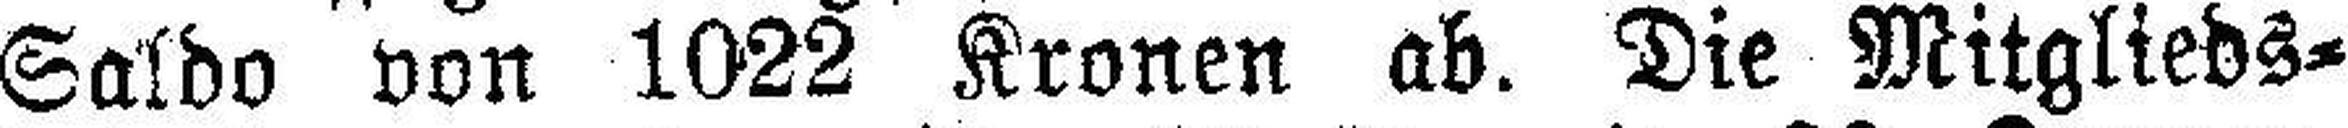
Saldo von 1022 Kronen ab. Die Mitglieds¬